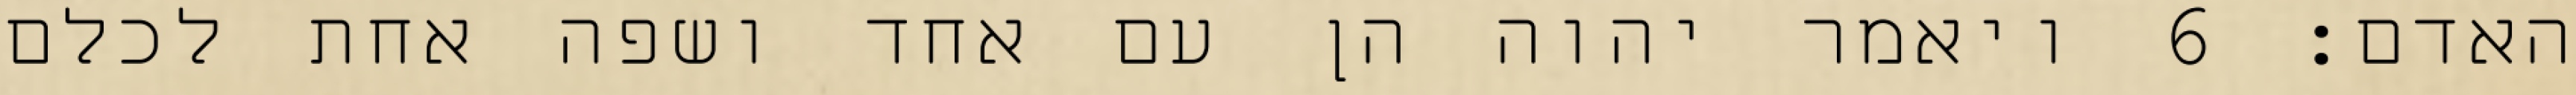
האדם׃ ‎6‏ ויאמר יהוה הן עם אחד ושפה אחת לכלם